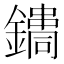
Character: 𨭳